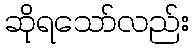
ဆိုရသော်လည်း